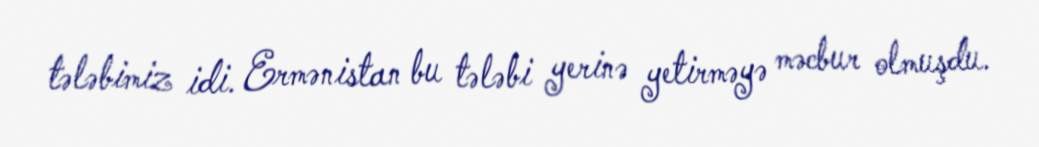
tələbimiz idi. Ermənistan bu tələbi yerinə yetirməyə məcbur olmuşdu.